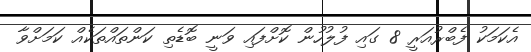
އެކަމަކު ފެބްރުއަރީ 8 ގައި ފުލުހުން ކޮށްފައި ވަނީ ބޮޑެތި ކަންތައްތަކެއް ކަމަށްވާ